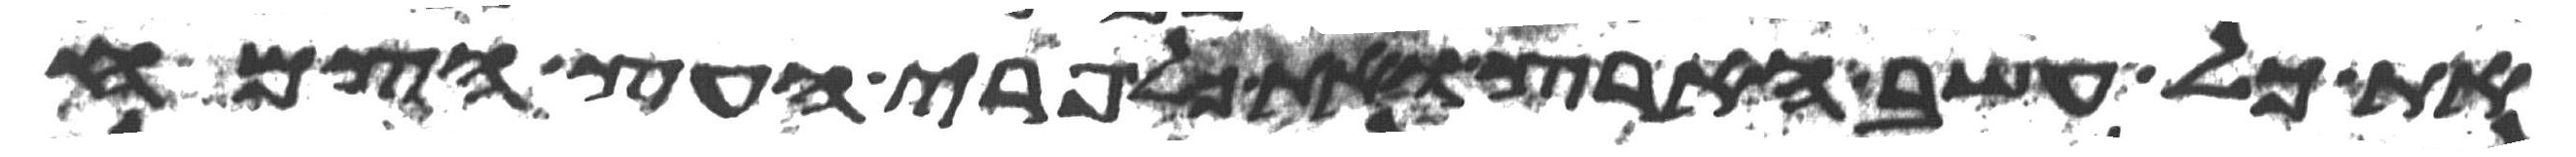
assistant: את כל עשב הארץ ואת כל פרי העץ הצמח